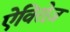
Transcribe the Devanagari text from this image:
ऐविरोज़